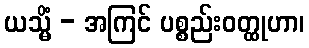
ယသ္မိံ - အကြင် ပစ္စည်းဝတ္ထုဟာ၊